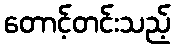
တောင့်တင်းသည့်